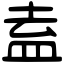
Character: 盍